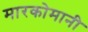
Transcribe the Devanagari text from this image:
मारकोमानी